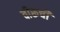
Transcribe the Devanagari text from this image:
वीरूची